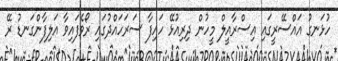
ހުޅަނގު އައްސޭރީގައި އިސްރާއީލް މީހުން ދިރިއުޅޭ ހައިފާ ސަރަހައްދުގައި ރޯވެފައިވާ އަލިފާންގަނޑު ރޭ